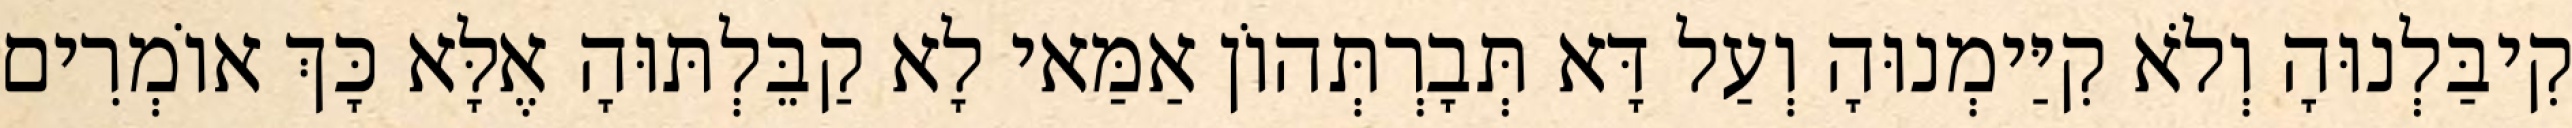
קִיבַּלְנוּהָ וְלֹא קִיַּימְנוּהָ וְעַל דָּא תְּבָרְתְּהוֹן אַמַּאי לָא קַבֵּלְתּוּהָ אֶלָּא כָּךְ אוֹמְרִים